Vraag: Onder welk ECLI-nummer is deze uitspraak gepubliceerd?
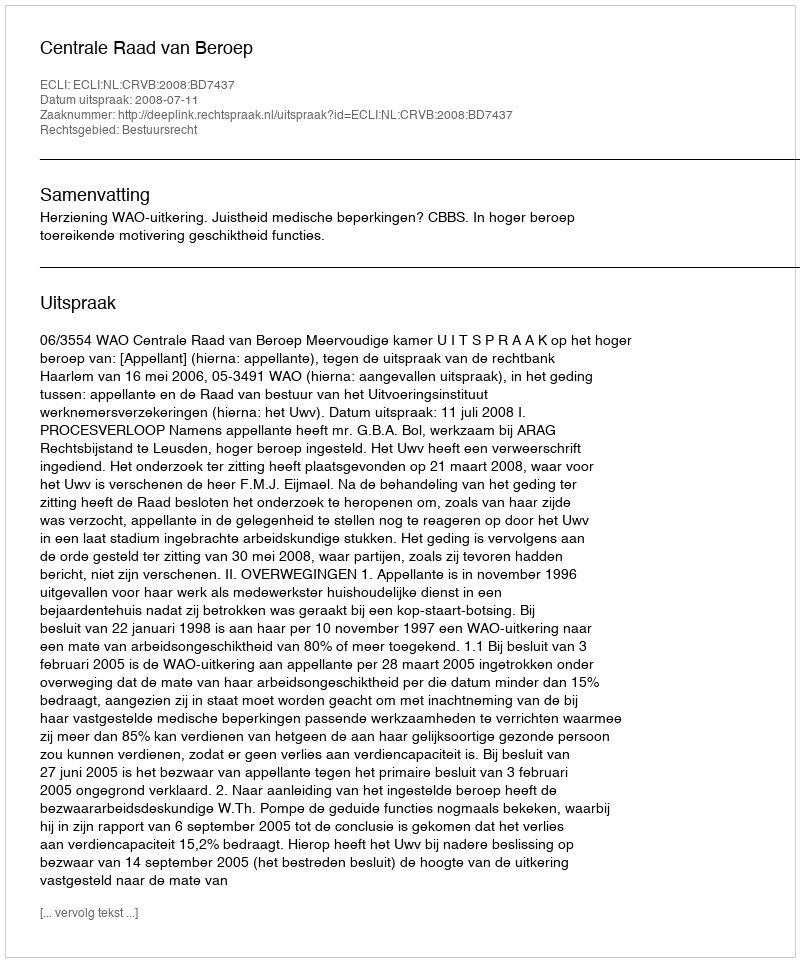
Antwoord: ECLI:NL:CRVB:2008:BD7437